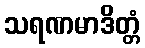
သရဏမာဒိတ္တံ